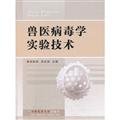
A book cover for Veterinary virology testing techniques(Chinese Edition); SUO LANG SI ZHU; Medical Books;